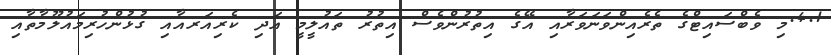
4.1.މި ވެބްސައިޓްގެ ތެރެއިންވަނަވަރާއި އޭގެ އިތުރުންވެސް އިތުރު ތައުލީމީ އަދި ކެރިއަރއާއި ގުޅުންހުރިމައުލޫމާތާއި